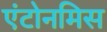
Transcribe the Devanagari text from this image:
एंटोनमिस